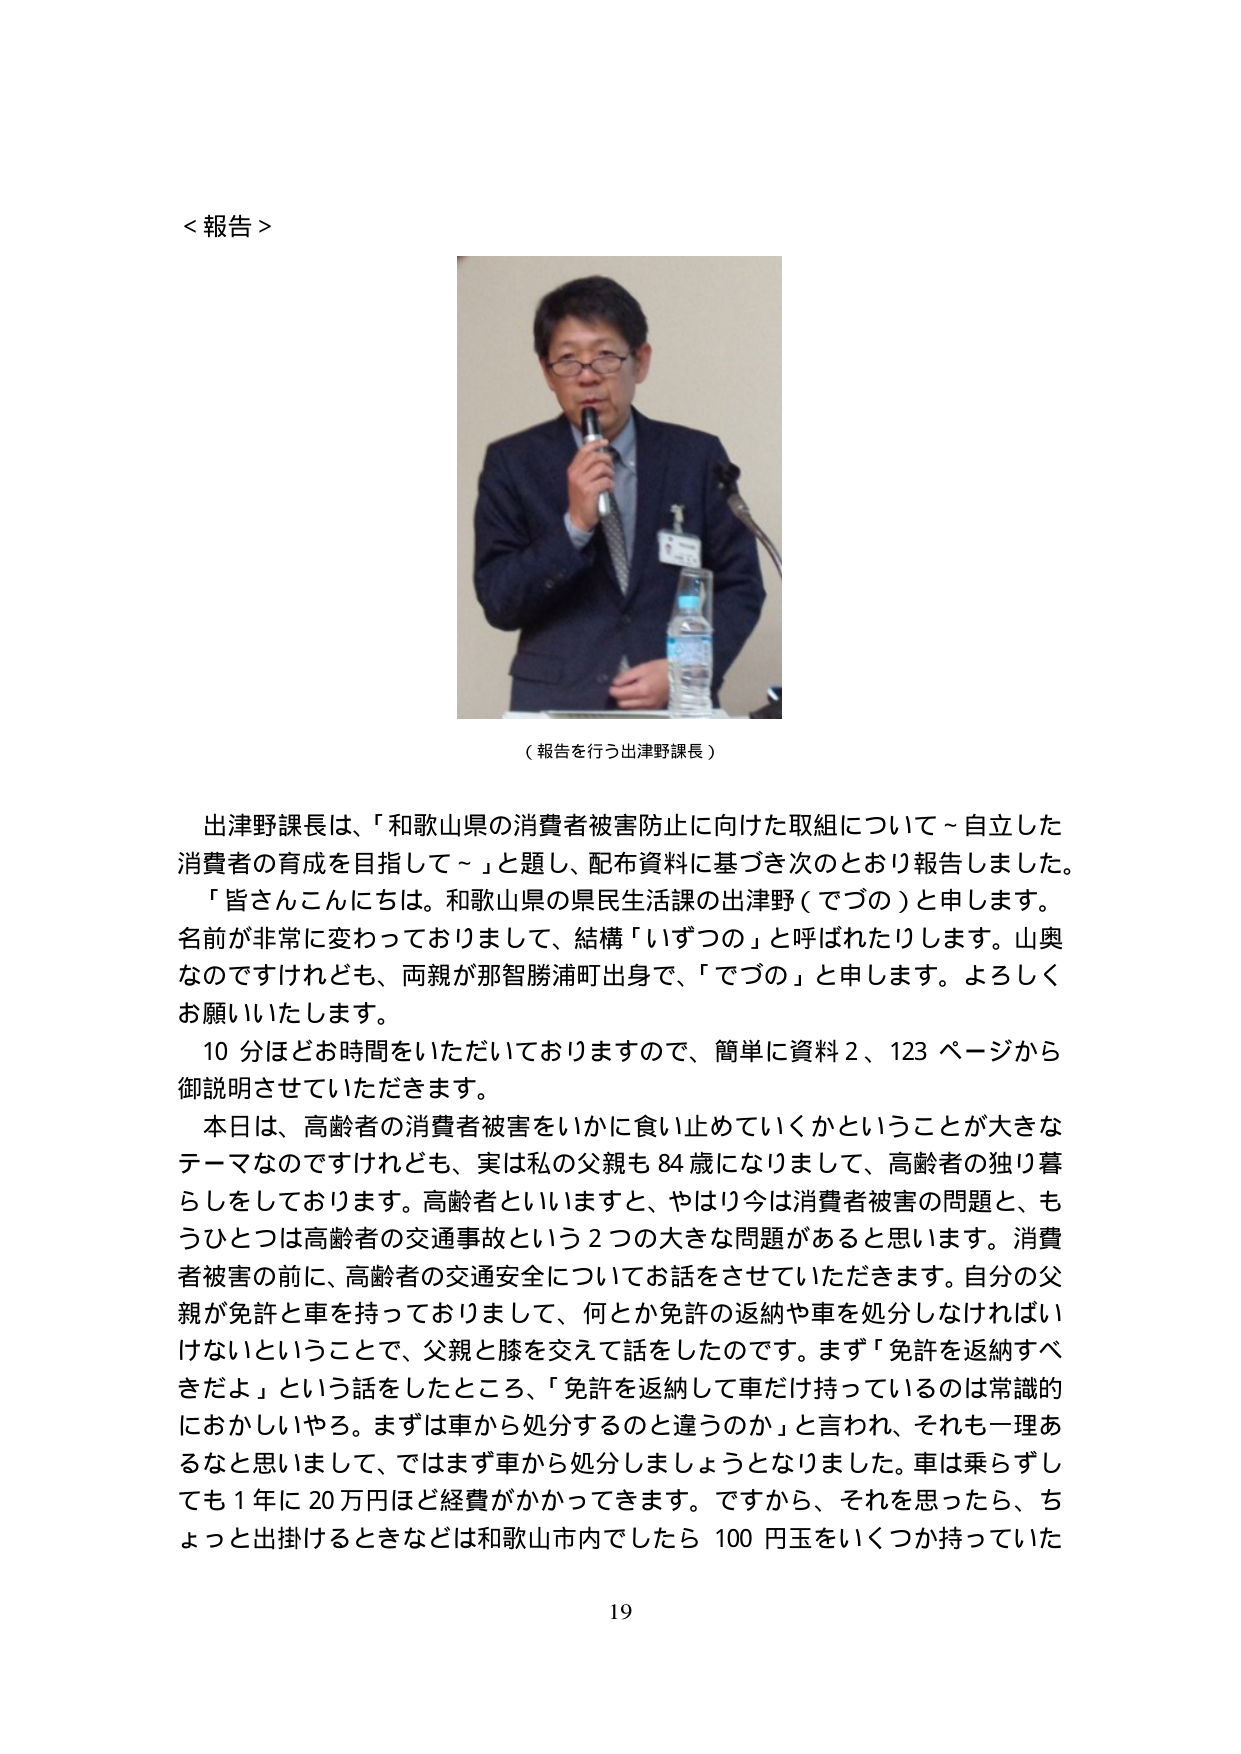
＜報告＞

（報告を行う出津野課長）

出津野課長は、「和歌山県の消費者被害防止に向けた取組について～自立した消費者の育成を目指して～」と題し、配布資料に基づき次のとおり報告しました。
「皆さんこんにちは。和歌山県の県民生活課の出津野（でづの）と申します。名前が非常に変わっておりまして、結構「いずつの」と呼ばれたりします。山奥なのですがけれども、両親が那智勝浦町出身で、「でづの」と申します。よろしくお願いいたします。
10分ほどお時間をいただいておりますので、簡単に資料2、123ページから御説明させていただきます。
本日は、高齢者の消費者被害をいかに食い止めていくかということが大きなテーマなのですがけれども、実は私の父親も84歳になりまして、高齢者の独り暮らしをしております。高齢者といいますと、やはり今は消費者被害の問題と、もうひとつは高齢者の交通事故という2つの大きな問題があると思います。消費者被害の前に、高齢者の交通安全についてお話をさせていただきます。自分の父親が免許と車を持っておりまして、何とか免許の返納や車を処分しなければいけないということで、父親と膝を交えて話をしたのです。まず「免許を返納すべきだよ」という話をしたところ、「免許を返納して車だけ持っているのは常識的におかしいやろ。まずは車から処分するのと違うのか」と言われ、それも一理あるなと思いまして、ではまず車から処分しましょうとなりました。車は乗らずしても1年に20万円ほど経費がかかってきます。ですから、それを思ったら、ちょっと出掛けるときなどは和歌山市内でしたら100円玉をいくつか持っていた

19